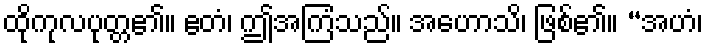
ထိုကုလပုတ္တ၏။ ဧတံ၊ ဤအကြံသည်။ အဟောသိ၊ ဖြစ်၏။ “အဟံ၊